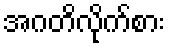
အဂတိလိုက်စား